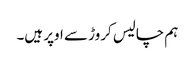
ہم چالیس کروڑ سے اوپر ہیں۔